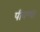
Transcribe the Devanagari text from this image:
पीवणा